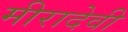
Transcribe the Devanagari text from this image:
मीरादेवी